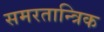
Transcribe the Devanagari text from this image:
समरतान्त्रिक